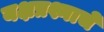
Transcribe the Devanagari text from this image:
यक्षप्रश्नाचें